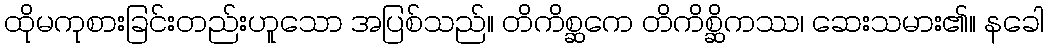
ထိုမကုစားခြင်းတည်းဟူသော အပြစ်သည်။ တိကိစ္ဆကေ တိကိစ္ဆိကဿ၊ ဆေးသမား၏။ နခေါ